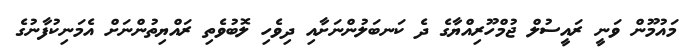
މައުމޫން ވަނީ ރައީސުލް ޖުމްހޫރިއްޔާގެ ދެ ކަނބަލުންނަށާއި ދިވެހި ލޮބުވެތި ރައްޔިތުންނަށް އެމަނިކުފާނުގެ